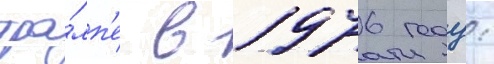
тра́мп'е в 1976 году: